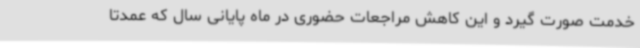
خدمت صورت گیرد و این کاهش مراجعات حضوری در ماه پایانی سال که عمدتا